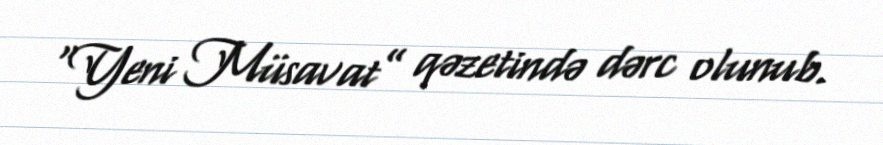
“Yeni Müsavat” qəzetində dərc olunub.